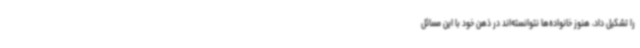
را تشکیل داد، هنوز خانواده‌ها نتوانسته‌اند در ذهن خود با این مسائل